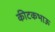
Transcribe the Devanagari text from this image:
कीटकभाऊ